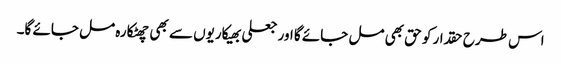
اس طرح حقدار کو حق بھی مل جائے گا اور جعلی بھیکاریوں سے بھی چھٹکارہ مل جائے گا۔